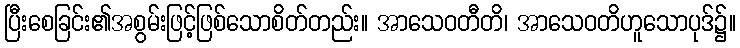
ပြီးစေခြင်း၏အစွမ်းဖြင့်ဖြစ်သောစိတ်တည်း။ အာသေဝတီတိ၊ အာသေဝတိဟူသောပုဒ်၌။